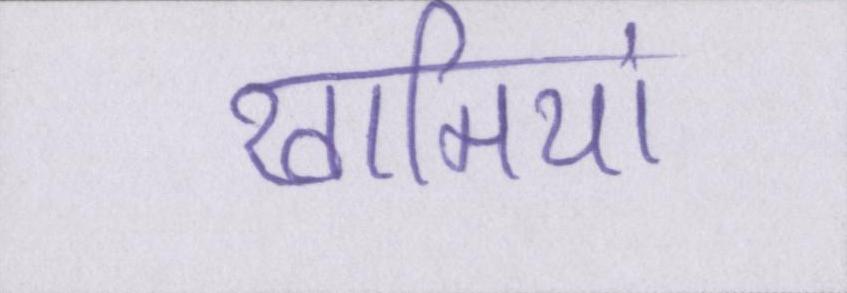
खामियां